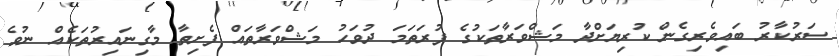
ސަރުކާރު ބައިވެރިގެން ކުރިޔަށްދާ މަޝްވަރާތަކުގެ ފުރަތަަމަ ދުވަހު މަޝްވަރާތައް ފެށިތާ މާގިނައިރުތަކެއް ނުވެ